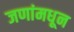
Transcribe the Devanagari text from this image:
जणांमधून